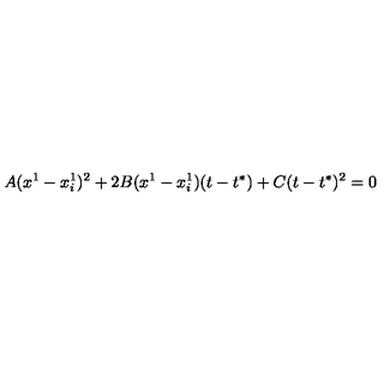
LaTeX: A ( x ^ { 1 } - x _ { i } ^ { 1 } ) ^ { 2 } + 2 B ( x ^ { 1 } - x _ { i } ^ { 1 } ) ( t - t ^ { * } ) + C ( t - t ^ { * } ) ^ { 2 } = 0